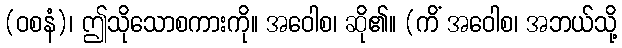
(ဝစနံ)၊ ဤသိုသောစကားကို။ အဝေါစ၊ ဆို၏။ (ကိံ အဝေါစ၊ အဘယ်သို့